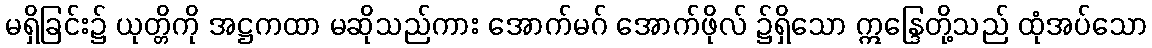
မရှိခြင်း၌ ယုတ္တိကို အဋ္ဌကထာ မဆိုသည်ကား အောက်မဂ် အောက်ဖိုလ် ၌ရှိသော ဣန္ဒြေတို့သည် ထုံအပ်သော